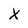
Character: x